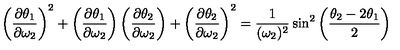
\left( { \frac { \partial \theta _ { 1 } } { \partial \omega _ { 2 } } } \right) ^ { 2 } + \left( { \frac { \partial \theta _ { 1 } } { \partial \omega _ { 2 } } } \right) \left( { \frac { \partial \theta _ { 2 } } { \partial \omega _ { 2 } } } \right) + \left( { \frac { \partial \theta _ { 2 } } { \partial \omega _ { 2 } } } \right) ^ { 2 } = { \frac { 1 } { ( \omega _ { 2 } ) ^ { 2 } } } \sin ^ { 2 } \left( { \frac { \theta _ { 2 } - 2 \theta _ { 1 } } { 2 } } \right)